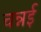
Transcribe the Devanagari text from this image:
चन्नई